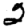
Digit: 2